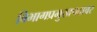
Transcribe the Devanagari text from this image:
विभागप्रमुखपदावर